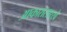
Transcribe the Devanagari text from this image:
आकारासारखे